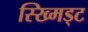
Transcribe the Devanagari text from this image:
स्ख्मिड्ट